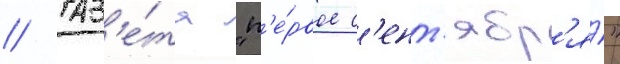
// Газ'е́та "п'е́рвое с'ент'ябр'я́"